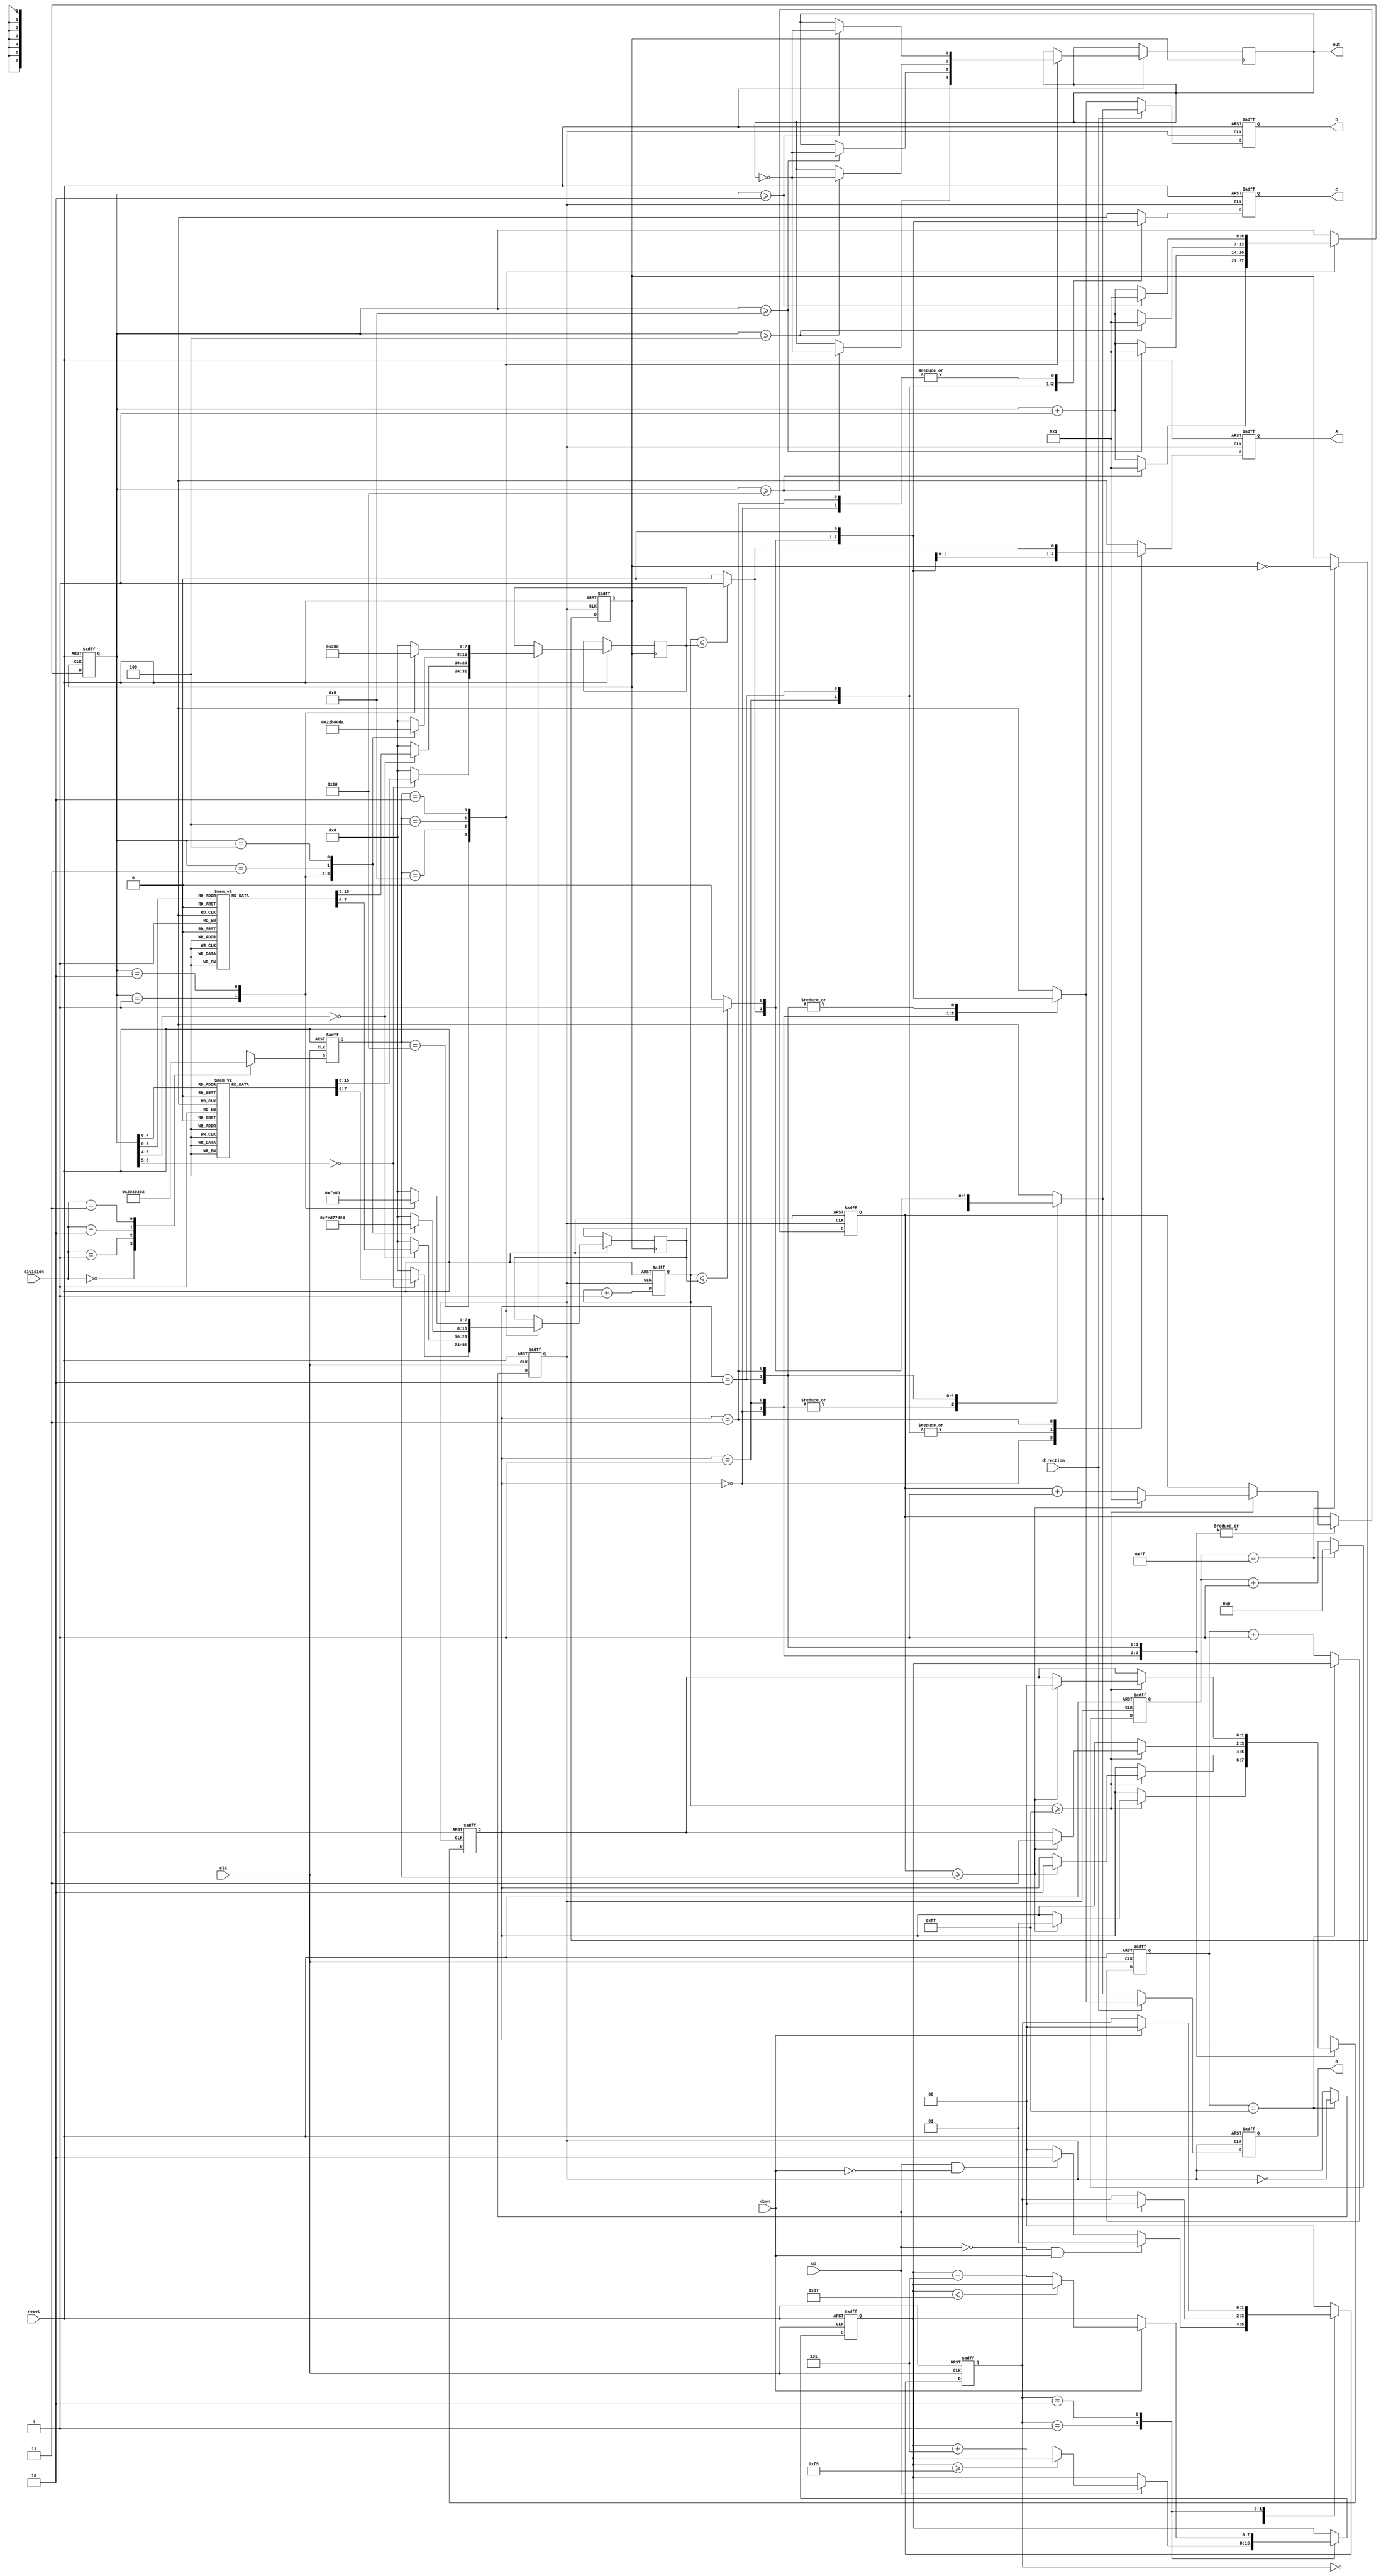
module spwn_motor(clk,reset,up,down,division,direction,A,B,C,D,out);
input clk;
input reset;
input up;   //
input down; //
input [1:0] division; //
input direction; //10
output out;       //
output A,B,C,D;   //
reg out;          
reg [1:0] sta,state;//,
reg sclk,sclock;    //clksclk
reg [7:0] H,data1,data2;
reg [6:0] frediv;   //
reg [7:0] cnt1,cnt; //0-255
reg [6:0] count_sin,count,cnt2; //0-127
reg A,B,C,D;

parameter st0=2'h0, st1=2'h1, st2=2'h2,st3=2'h3;  //4
parameter sta0=2'h0, sta1=2'h1, sta2=2'h2,sta3=2'h3; //4
parameter state0=2'h0, state1=2'h1, state2=2'h2;    //3

//
always@(posedge clk or negedge reset) 
   if(!reset)                 //reset  H=215 state0
         begin
	     H<=215;
	     state<=state0;
	     end                        
    else case(state)
					state0:
						begin
									if(!up && down)       //up  state1
										state<=state1;
									else if(up && !down)     //down  state2
										state<=state2;
									else
										state<=state0;            // state0
						end
					state1: 
									if(up)
										if(H>=8'd245)         //H=245  
										state<=state0;        //  
									else 
										begin
												H<=H+8'd5;         // H+5      
												state<=state0;
														end
					state2: if(down)
										if(H<=8'd215)      // H=215  
										state<=state0;      //    
									else
										begin
											H<=H-8'd5;           // H-5      
											state<=state0;			
										end
					default: state<=state0;
						endcase	
								  
always@(posedge clk or negedge reset)   //. 
    if(!reset)
		  frediv<=16;
    else 
	    begin
				case (division)                 //
					3'b00:  frediv<=16;            
					3'b01:  frediv<=8;       							   
					3'b10:  frediv<=4;  
					3'b11:  frediv<=2;  
					default:  frediv<=16;
				endcase	
	    end

always@(posedge clk or negedge reset)
    if(!reset)
	     begin
				cnt1<=8'd0;
				sclk<=1'b0;
			end
		else if(cnt1==8'd255)
	    begin
				cnt1<=H;
				sclk<=~sclk;                           //sclk clk512
			end
    else cnt1<=cnt1+8'd1;		 
    
//-
always@(posedge sclk or negedge reset)
     if(!reset)
	      begin
					count_sin<=7'd0;
					sclock<=1'b0;
				end
	 else if(count_sin==7'd127)
	      begin
					count_sin<=7'd0;
					sclock<=~sclock;                   //scolcksclk 256
				end
	 else count_sin<=count_sin+7'd1;
	 
//
always@(posedge sclk or negedge reset)	
     if(!reset)	
	       begin
					 cnt<=8'd0;count<=7'd0;sta<=sta0;
					 A<=1'b0; B<=1'b0; C<=1'b0; D<=1'b0;
				 end
    else begin                  //A->B->C->D->A
	       cnt<=cnt+8'd1;
			if(direction)         // 
		 case(sta)  
		 sta0:                //AB 
		    begin
			    if(cnt>=8'd255)
						if(count>=frediv)
							begin
								sta<=sta1;                //cnt255 
								count<=7'd1;                
							end
						else count<=count+7'd1;
			   
			    if(cnt<=data1) 
             begin  A<=1'b1; C<=1'b0; D<=1'b0; end
			    else	 
             begin  A<=1'b0; C<=1'b0; D<=1'b0; end
                 
			    if(cnt<=data2) 
             begin  B<=1'b1; C<=1'b0; D<=1'b0; end
			    else	 
             begin  B<=1'b0; C<=1'b0; D<=1'b0; end			   
                 					   
            end				   
		sta1:    //BC 
			begin
			   if(cnt>=8'd255)
						if(count>=frediv)
							begin
								sta<=sta2;               //cnt255 
								count<=7'd1;
							end
						else count<=count+7'd1;
						
			   if(cnt<=data1) 
           begin  B<=1'b1; A<=1'b0; D<=1'b0; end
				 else	 
           begin  B<=1'b0; A<=1'b0; D<=1'b0; end 
              
				 if(cnt<=data2) 
           begin  C<=1'b1; A<=1'b0; D<=1'b0; end
				 else	 
           begin  C<=1'b0; A<=1'b0; D<=1'b0; end			   
      end     
      					   				 				   
		sta2:    //C  D
			begin
				if(cnt>=8'd255)
					if(count>=frediv)
						begin
							sta<=sta3;               //cnt255 
							count<=7'd1;
						end
				  else count<=count+7'd1;
				 
					if(cnt<=data1) 
						begin  C<=1'b1; A<=1'b0; B<=1'b0; end
					else	 
            begin  C<=1'b0; A<=1'b0; B<=1'b0; end
                 
					if(cnt<=data2) 
						begin  D<=1'b1; A<=1'b0; B<=1'b0; end
					else	 
						begin  D<=1'b0; A<=1'b0; B<=1'b0; end			   
      end		
		sta3:   //D A					
			begin
			  if(cnt>=8'd255)
			    if(count>=frediv)
						begin
							sta<=sta0;             //cnt255 
							count<=7'd1;
						end
			    else count<=count+7'd1;
			     
				if(cnt<=data1) 
          begin  D<=1'b1; C<=1'b0; B<=1'b0; end
				else	 
          begin  D<=1'b0; C<=1'b0; B<=1'b0; end
                 
				if(cnt<=data2) 
          begin  A<=1'b1; C<=1'b0; B<=1'b0; end
				else	 
          begin  A<=1'b0; C<=1'b0; B<=1'b0; end			   
       end	
		default:  begin  A<=1'b0; B<=1'b0; C<=1'b0; D<=1'b0; end			
  endcase

else //
      case(sta) 
st0:	 //A  D
       begin
			   if(cnt>=8'd255)
			      if(count>=frediv)
							begin
								sta<=sta1;               //cnt255 
								count<=7'd1;
							end
						else count<=count+7'd1;
			   
			   if(cnt<=data1) 
           begin  A<=1'b1; C<=1'b0; B<=1'b0; end
			   else	 
           begin  A<=1'b0; C<=1'b0; B<=1'b0; end
                 
			   if(cnt<=data2) 
           begin  D<=1'b1; C<=1'b0; B<=1'b0; end
			   else	 
           begin  D<=1'b0; C<=1'b0; B<=1'b0; end			   
        end					   
        
st1:	////D C 
       begin
			   if(cnt>=8'd255)
			      if(count>=frediv)
							begin
								sta<=sta2;              //cnt255 
								count<=7'd1;
							end
						else count<=count+7'd1;
			   
			   if(cnt<=data1) 
           begin  D<=1'b1; A<=1'b0; B<=1'b0; end
			   else	 
           begin  D<=1'b0; A<=1'b0; B<=1'b0; end
                 
			   if(cnt<=data2) 
           begin  C<=1'b1; A<=1'b0; B<=1'b0; end
			   else	 
           begin  C<=1'b0; A<=1'b0; B<=1'b0; end			   
       end				
       		   
st2:	//C B 
       begin
			   if(cnt>=8'd255)
			      if(count>=frediv)
							begin
								sta<=sta3;            //cnt255 
								count<=7'd1;
							end
						else count<=count+7'd1;
			   
			   if(cnt<=data1) 
           begin  C<=1'b1; A<=1'b0; D<=1'b0; end
			   else	 
           begin  C<=1'b0; A<=1'b0; D<=1'b0; end
                 
			   if(cnt<=data2) 
           begin  B<=1'b1; A<=1'b0; D<=1'b0; end
			   else	 
           begin  B<=1'b0; A<=1'b0; D<=1'b0; end			   
       end			
         
st3:	//B  A 
       begin
				 if(cnt>=8'd255)
						if(count>=frediv)       
							begin
								sta<=sta0;             //cnt255 
								count<=7'd1;
							end
				 else count<=count+7'd1;
			   
			   if(cnt<=data1) 
           begin  B<=1'b1; C<=1'b0; D<=1'b0; end
			   else	 
           begin  B<=1'b0; C<=1'b0; D<=1'b0; end
                 
			   if(cnt<=data2) 
            begin  A<=1'b1; C<=1'b0; D<=1'b0; end
			   else	 
            begin  A<=1'b0; C<=1'b0; D<=1'b0; end			   
       end			
         
   default:  begin  A<=1'b0; B<=1'b0; C<=1'b0; D<=1'b0; end			
  endcase      		 
end	
//
always@(posedge sclock or negedge reset)
    if(!reset)
        cnt2<=7'd0;
    else case(frediv)  //11PWM
				7'd16: begin   //1
	            if(cnt2>=16) //16,sclk
								begin
									cnt2<=7'd1;
									out=~out;
								end    //16sclk
							else
								cnt2<=cnt2+7'd1;
								case(cnt2)  
								1:  begin data1<=254; data2<=2;   end			
								2:  begin data1<=251; data2<=5;   end
								3:  begin data1<=244; data2<=14;  end
								4:  begin data1<=232; data2<=26;  end
								5:  begin data1<=215; data2<=43;  end
								6:  begin data1<=196; data2<=63;  end
								7:  begin data1<=174; data2<=85;  end
								8:  begin data1<=150; data2<=109; end
								9:  begin data1<=125; data2<=128; end
								10: begin data1<=100; data2<=153; end
								11: begin data1<=77;  data2<=177; end
								12: begin data1<=55;  data2<=198; end
								13: begin data1<=36;  data2<=218; end
								14: begin data1<=21;  data2<=233; end
								15: begin data1<=10;  data2<=245; end
								16: begin data1<=4;   data2<=252; end
								default: begin data1<=0;data2<=0;   end
							endcase //16sclkAB
	end	
			7'd8: begin      //2
	            if(cnt2>=8) 
								begin
									cnt2<=7'd1;
									out=~out;
								end    //8sclk
							else
								cnt2<=cnt2+7'd1;
								case(cnt2)  
								1:  begin data1<=254; data2<=2;   end			
								2:  begin data1<=244; data2<=14;  end
								3:  begin data1<=215; data2<=43;  end
								4:  begin data1<=174; data2<=85;  end
								5:  begin data1<=125; data2<=128; end
								6:  begin data1<=77;  data2<=177; end
								7:  begin data1<=36;  data2<=218; end
								8:  begin data1<=10;  data2<=245; end
								default: begin data1<=0; data2<=0;   end
								endcase
	      end	
			7'd4: begin       //3
	            if(cnt2>=4) 
								begin
									cnt2<=7'd1;
									out=~out;//4sclk
								end
							else
								cnt2<=cnt2+7'd1;
								case(cnt2)  
								1:  begin data1<=254; data2<=2;   end			
								2:  begin data1<=215; data2<=43;  end
								3:  begin data1<=125; data2<=128; end
								4:  begin data1<=36;  data2<=218; end
								default: begin data1<=0;   data2<=0;   end
								endcase
	      end		
			7'd2: begin       //4
	            if(cnt2>=2) 
								begin
									cnt2<=7'd1;
									out=~out;
								end   //2sclk
							else
								cnt2<=cnt2+7'd1;
								case(cnt2)  
								1:  begin data1<=254; data2<=2;   end			
								2:  begin data1<=128; data2<=128; end
								default: begin data1<=0; data2<=0; end
								endcase
	      end		
endcase	
endmodule